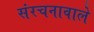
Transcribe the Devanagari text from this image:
संरचनावाले